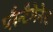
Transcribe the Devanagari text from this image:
प्लैन्टैगेनेट